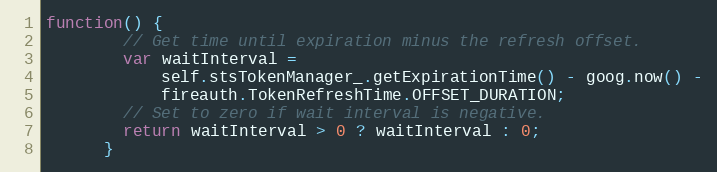
Language: JavaScript
function() {
        // Get time until expiration minus the refresh offset.
        var waitInterval =
            self.stsTokenManager_.getExpirationTime() - goog.now() -
            fireauth.TokenRefreshTime.OFFSET_DURATION;
        // Set to zero if wait interval is negative.
        return waitInterval > 0 ? waitInterval : 0;
      }